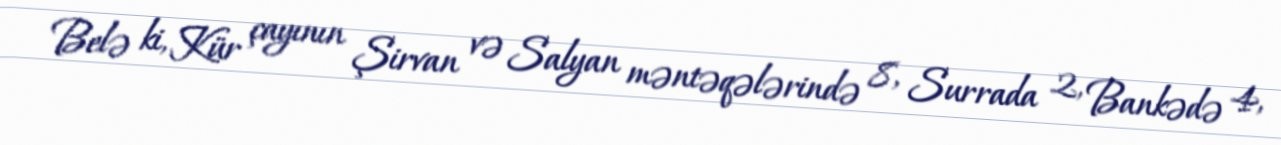
Belə ki, Kür çayının Şirvan və Salyan məntəqələrində 8, Surrada 2, Bankədə 4,